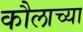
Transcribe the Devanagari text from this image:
कौलाच्या